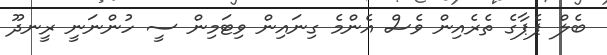
ބެލް ޕެޕާގެ ތެރެއިން ވެސް އެންމެ ގިނައިން ވިޓަމިން ސީ ހުންނަނީ ރީނދޫ